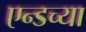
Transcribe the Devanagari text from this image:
एन्डच्या